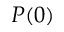
P ( 0 )